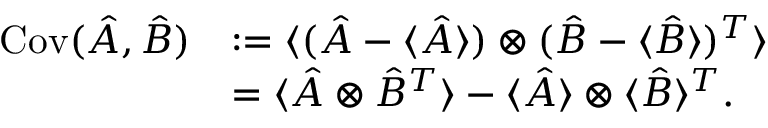
\begin{array} { r l } { \operatorname { C o v } ( \hat { A } , \hat { B } ) } & { : = \langle ( \hat { A } - \langle \hat { A } \rangle ) \otimes ( \hat { B } - \langle \hat { B } \rangle ) ^ { T } \rangle } \\ & { = \langle \hat { A } \otimes \hat { B } ^ { T } \rangle - \langle \hat { A } \rangle \otimes \langle \hat { B } \rangle ^ { T } . } \end{array}